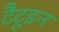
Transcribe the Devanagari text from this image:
टैटूइन